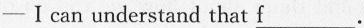
——Ⅰ can understand that \underline{f}.